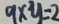
9 \times y = 2